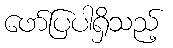
ဖော်ပြပါရှိသည့်